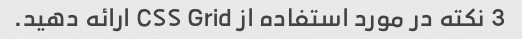
3 نکته در مورد استفاده از CSS Grid ارائه دهید.